Leningradi_Edasi_toimetus, lk 55
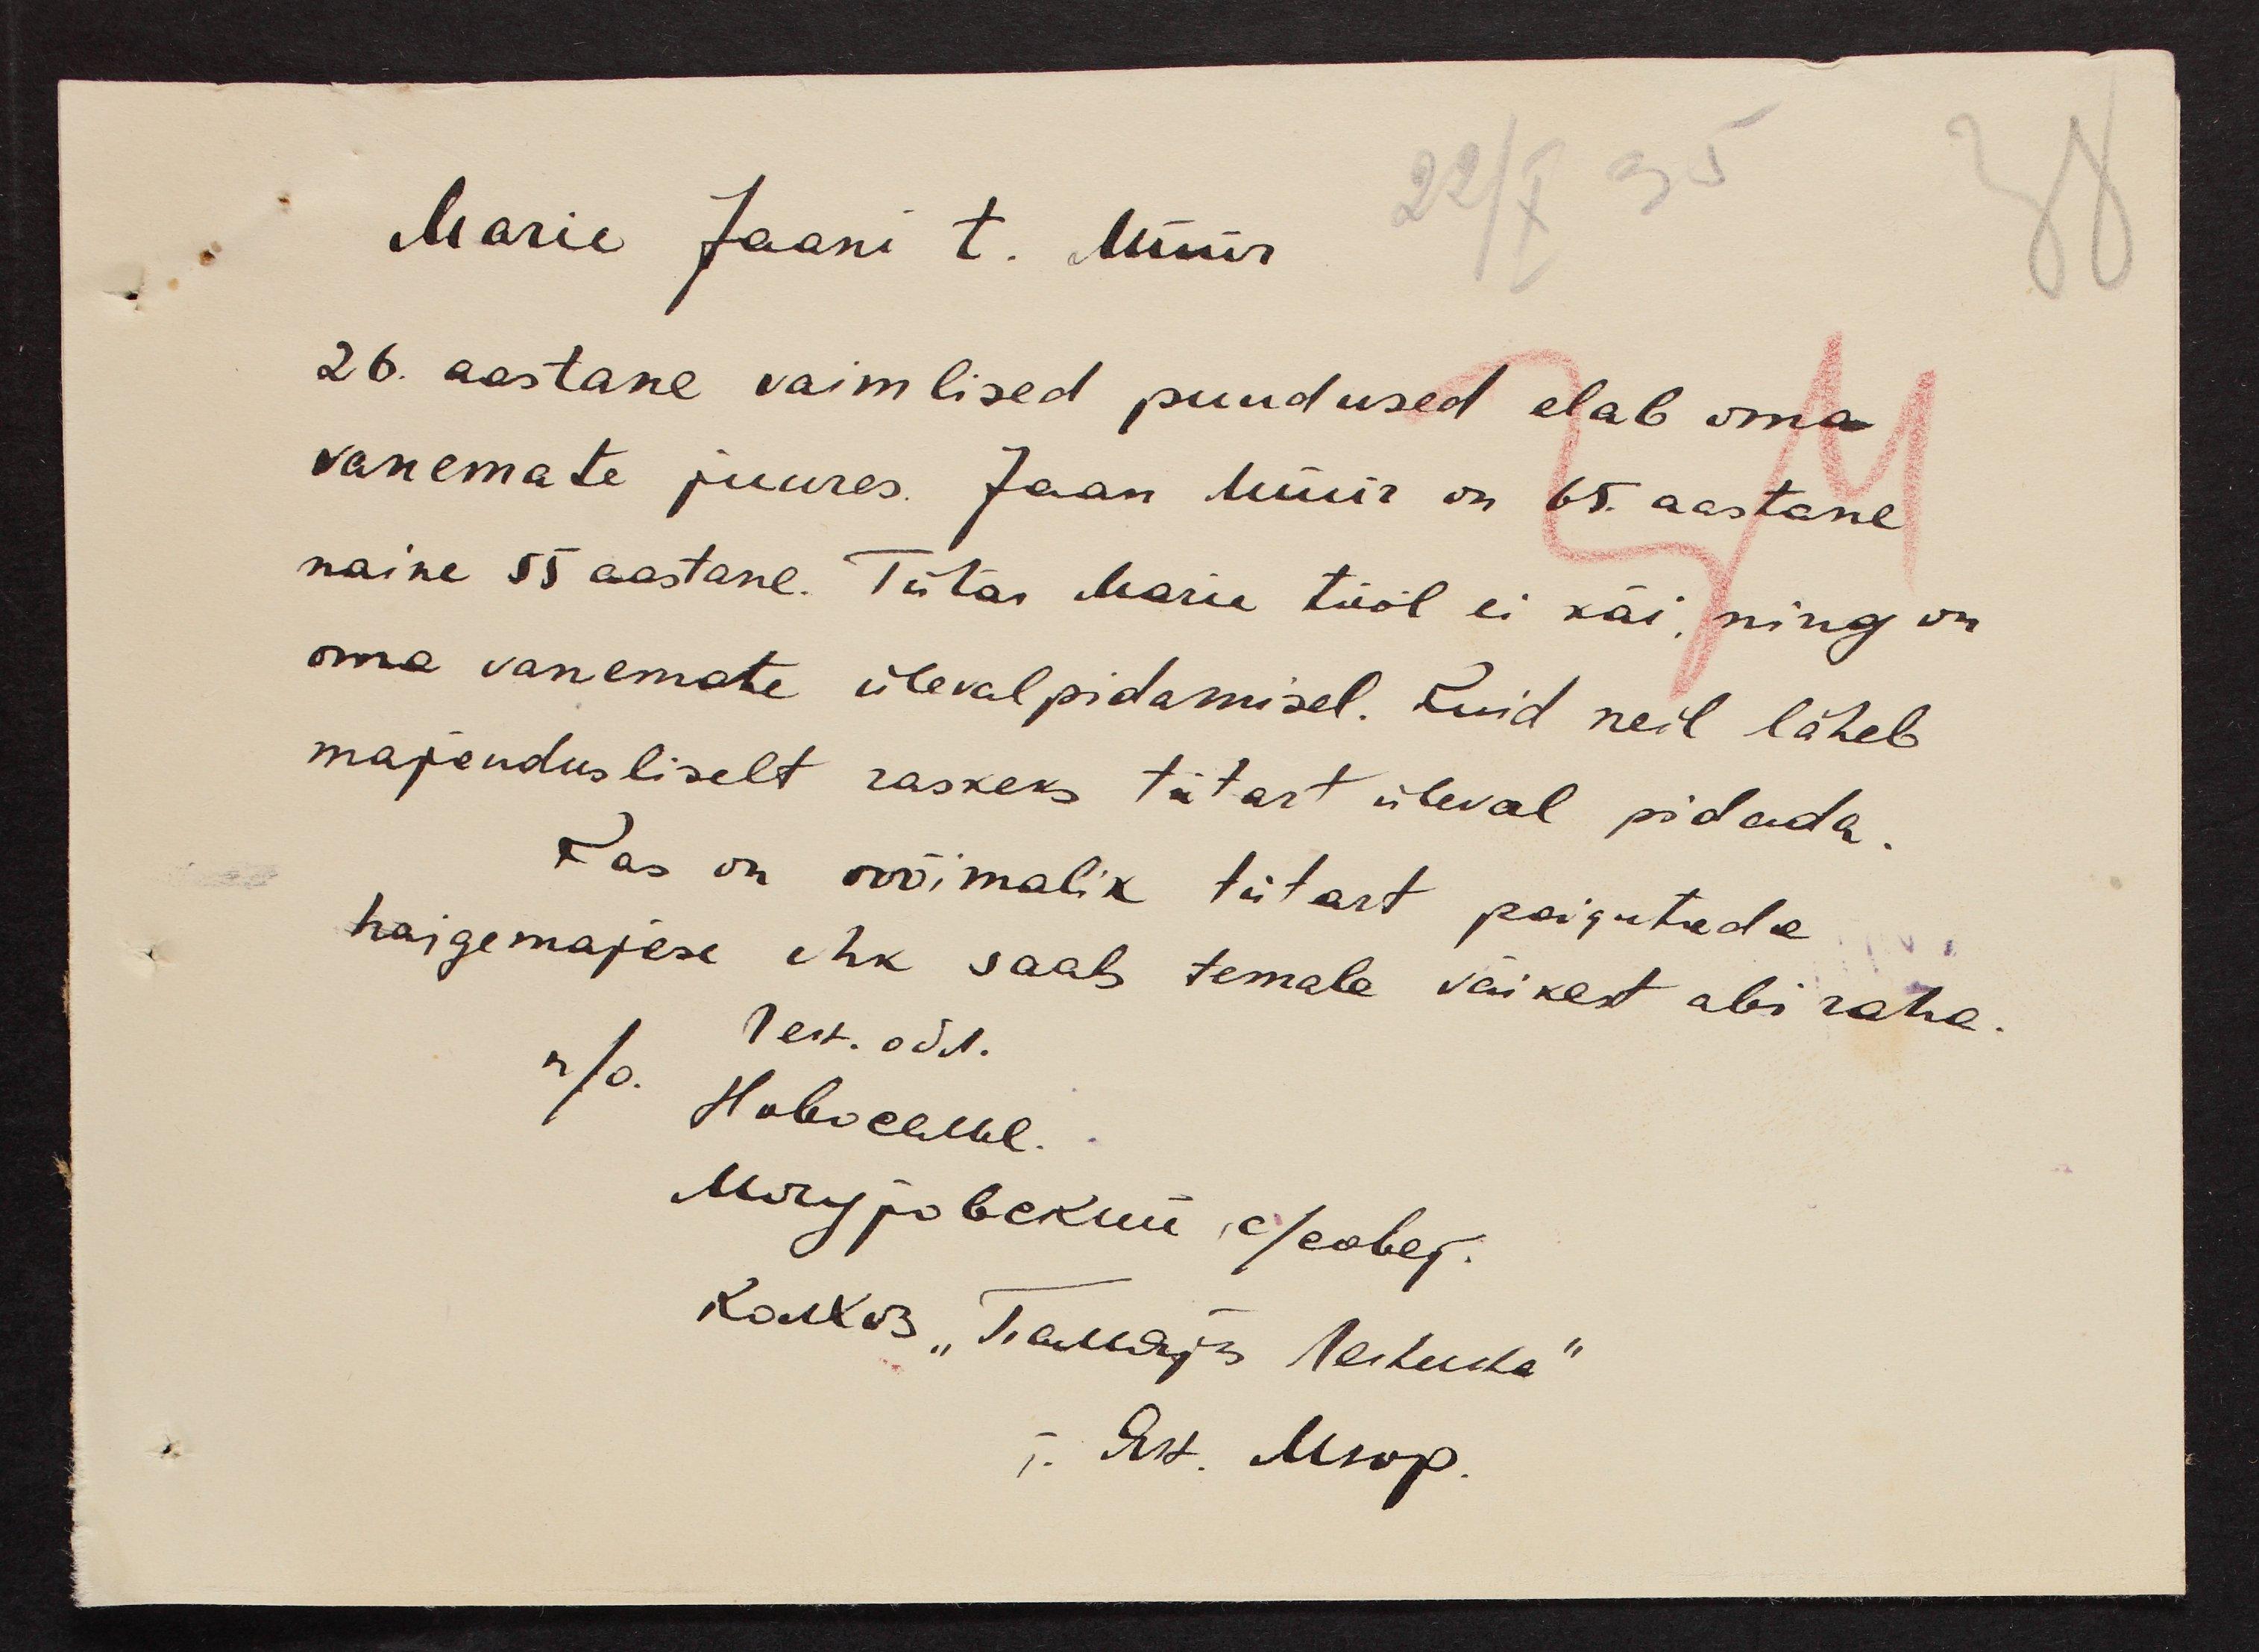
Marie Jaani t. Müür
22/ x 35
26. aastane vaimlised puudused elab oma
vanemate juures Jaan Müür on 65. aastane
naine 55 aastane. Tütar Marie tööl ei käi, ning on
oma vanemate ülevalpidamisel. Kuid neil läheb
majandusliselt raskeks tütart üleval pidada
Kas on võimalik tütart paigutada
haigemajese ehk saab temale väikest abi raha